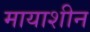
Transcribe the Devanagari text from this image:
मायाशीन